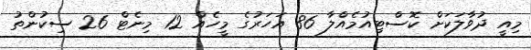
މިއީ ދުވާލަކަށް ކޮސްޓިއުމެއްލާ 86 އަހަރުގެ މީހެއް 12 މިނެޓް 26 ސިކުންތު